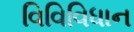
વિવિવિધાન